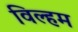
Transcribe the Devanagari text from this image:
विल्‍हम